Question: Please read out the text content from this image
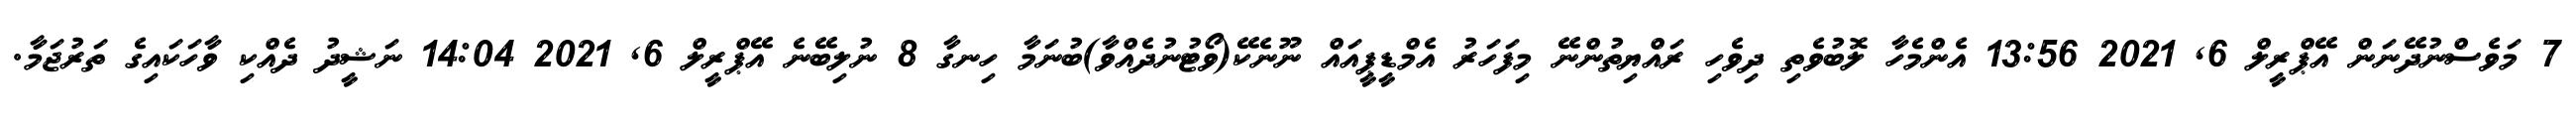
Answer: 7 މަވެސްނުދޭނަން އޭޕްރީލް 6, 2021 13:56 އެންމެހާ ލޮބުވެތި ދިވެހި ރައްޔިތުންނޭ މިފަހަރު އެމްޑީޕީއައް ނޫނެކޭ(ވޯޓުނުދެއްވާ)ބުނަމާ ހިނގާ 8 ނުލިބޭނެ އޭޕްރީލް 6, 2021 14:04 ނަޝީދު ދެއްކި ވާހަކައިގެ ތަރުޖަމާ.